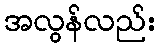
အလွန်လည်း